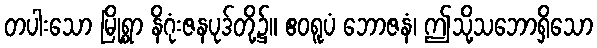
တပါးသော မြို့ရွာ နိဂုံးဇနပုဒ်တို့၌။ ဧဝရူပံ ဘောဇနံ၊ ဤသို့သဘောရှိသော